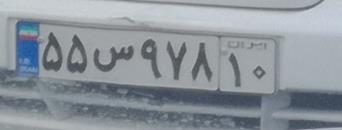
۵۵س۹۷۸۱۰